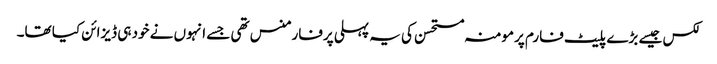
لکس جیسے بڑے پلیٹ فارم پرمومنہ مستحسن کی یہ پہلی پرفارمنس تھی جسے انہوں نے خود ہی ڈیزائن کیا تھا۔